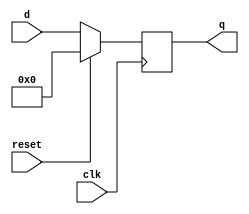
`timescale 1ns/100ps

module reg4(

        input wire clk,
        input wire reset,
    	input wire [3:0] d, 
    	output reg [3:0] q);
		// transfer d to q when the clk bit is high and reset bit is
		// low, and if reset bit is high then set the output to zero.
	always@(posedge clk)
	 if (~reset)
	 begin
	  q<=d;
	 end
	 else
	 begin
	  q<=1'h0;
	 end
endmodule